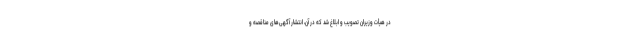
در هیأت وزیران تصویب و ابلاغ شد که در آن، انتشار آگهی‌های مناقصه و